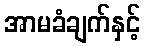
အာမခံချက်နှင့်